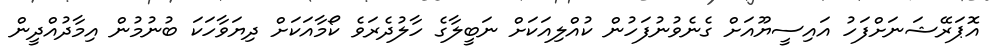
އޮޕަރޭޝަނަށްފަހު އައިސީޔޫއަށް ގެނެވުނުފަހުން ކުއްލިއަކަށް ނަބީލާގެ ހާލުދެރަވެ ކޯމާއަކަށް ދިޔަވާހަކަ ބުނުމުން އިމާދުއްދީން